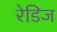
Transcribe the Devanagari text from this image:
रेडिज